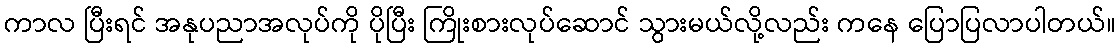
ကာလ ပြီးရင် အနုပညာအလုပ်ကို ပိုပြီး ကြိုးစားလုပ်ဆောင် သွားမယ်လို့လည်း ကနေ ပြောပြလာပါတယ်။